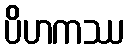
ပိဟကဿ